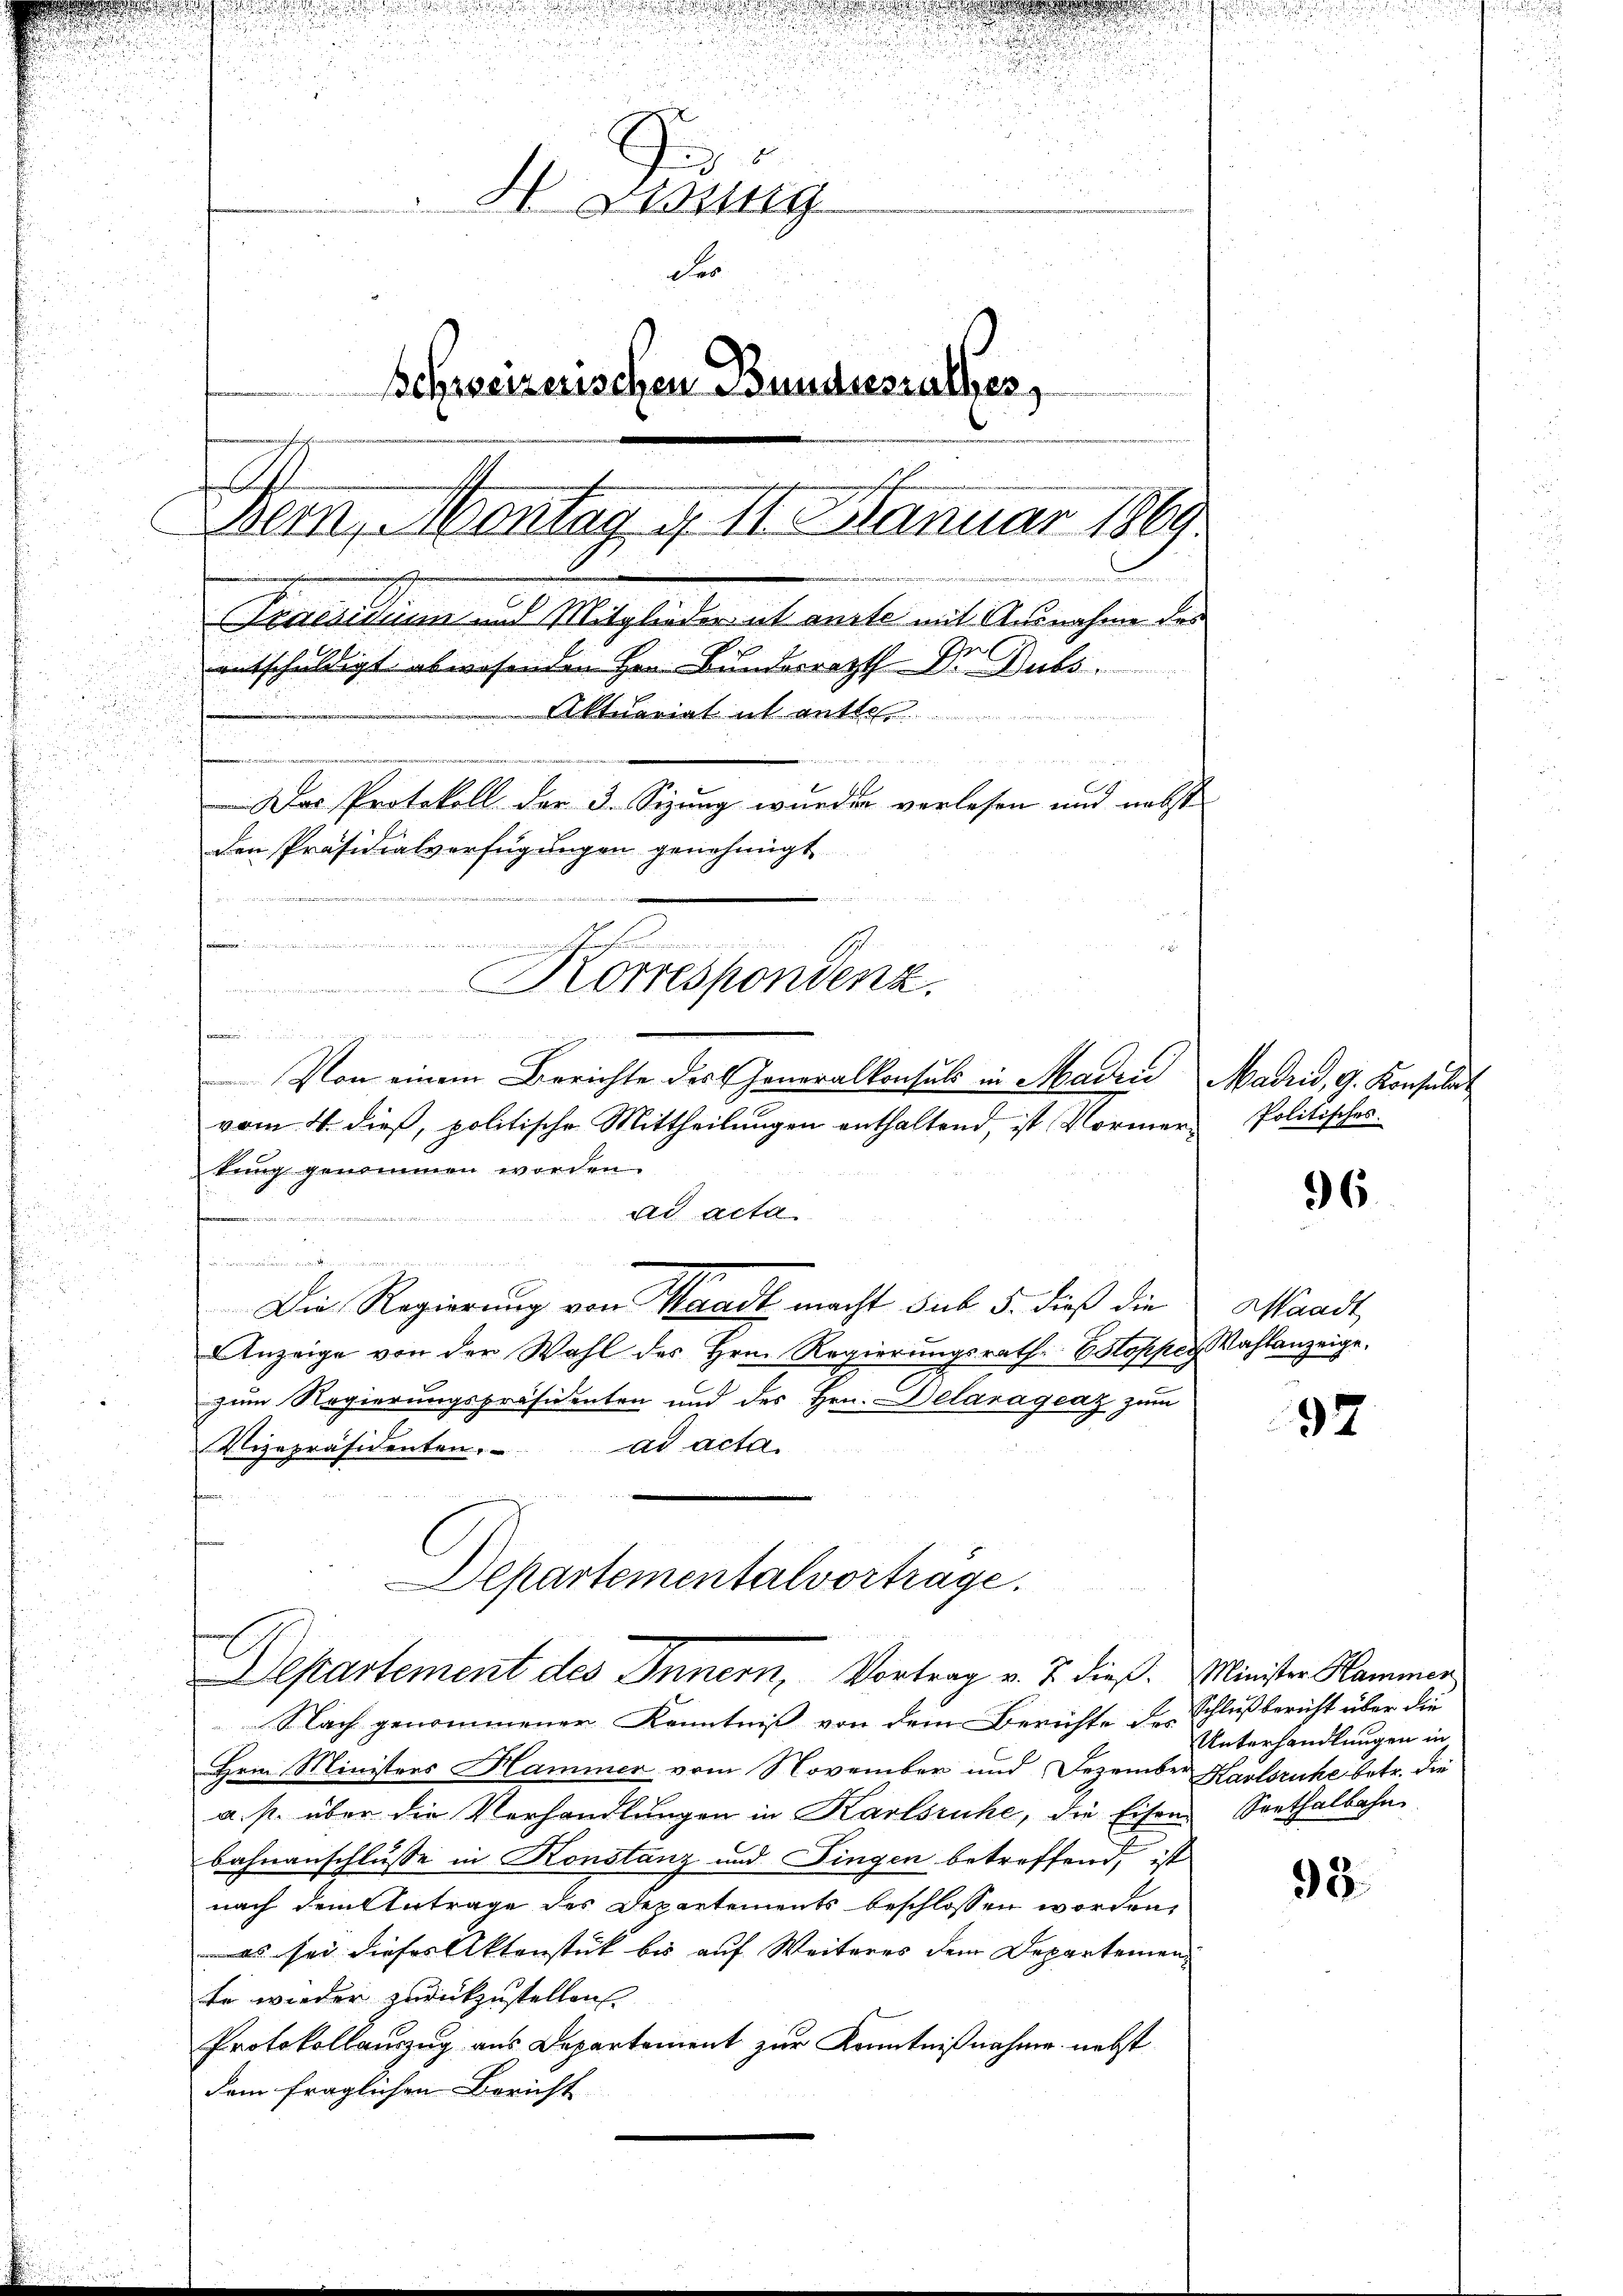
.
5
i
e

n
nnung gehen finde einen
Korrespondenz.
 auch gegen
vnd innigen wir werden u inter

u
d

.

A 15 x
3
I Denung
d
Der
Schweizerischen Bundesrathes,
Dem Montag, u. II. Januar 1869.
eiangenen
Seaesiduum und Mitglieder et anste mit Ausnahme des
r
entschuldigt abwesenden Hrn. Bundesrath D. Dubs
Aktuariat in gutte
.
i
Der Protokoll der 3. Sizung wurden verlesen und nebste
den Präsidialverfügungen genehmigt

u

Von einem Berichte des Generalkonsuls in Madri Madrid, G. Konsulat
vom 4. dieß, politische Mittheilungen enthaltend, ist Vormerkung genommen worden.
ad acta
t entschen
i
Die Regierung von Waadt macht sub 5. dieß die Waadt,
Anzeige von der Wahl des Hrn. Regierungsrath Estopper Wahlanzeige,
zum Regierungspräsidenten und des Hrn. Delarágeaz zum
Vizepräsidenten. ad acta
Departementalvorträge.
.
Departement des Innern, Vortrag v. J. dieß. Minister Hammen
Nach genommener Kenntniß von dem Berichte des
Hrin Ministers Hammer vom November und Dezember Karlsruhe betr. die
a. p. über die Verhandlungen in Karlsruhe, die Eisen-Seethalbahn.
bahnanschlusse in Konstanz und Fingen betreffend, ist
nach dem Antrage des Departements beschlossen worden,
ls sei dieses Aktenstück bis auf Weiteres dem Departemente wieder zurückzustellen.
Protokollauszug aus Departement zur Kenntnißnahme nebst
dem fraglichen Bericht

d

Politisches.

36

97

Schluß bericht über die
Unterhandlungen in

98.